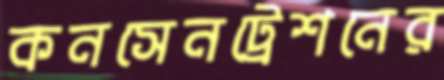
কনসেনট্রেশনের